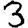
Digit: 3